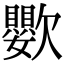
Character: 𣤵